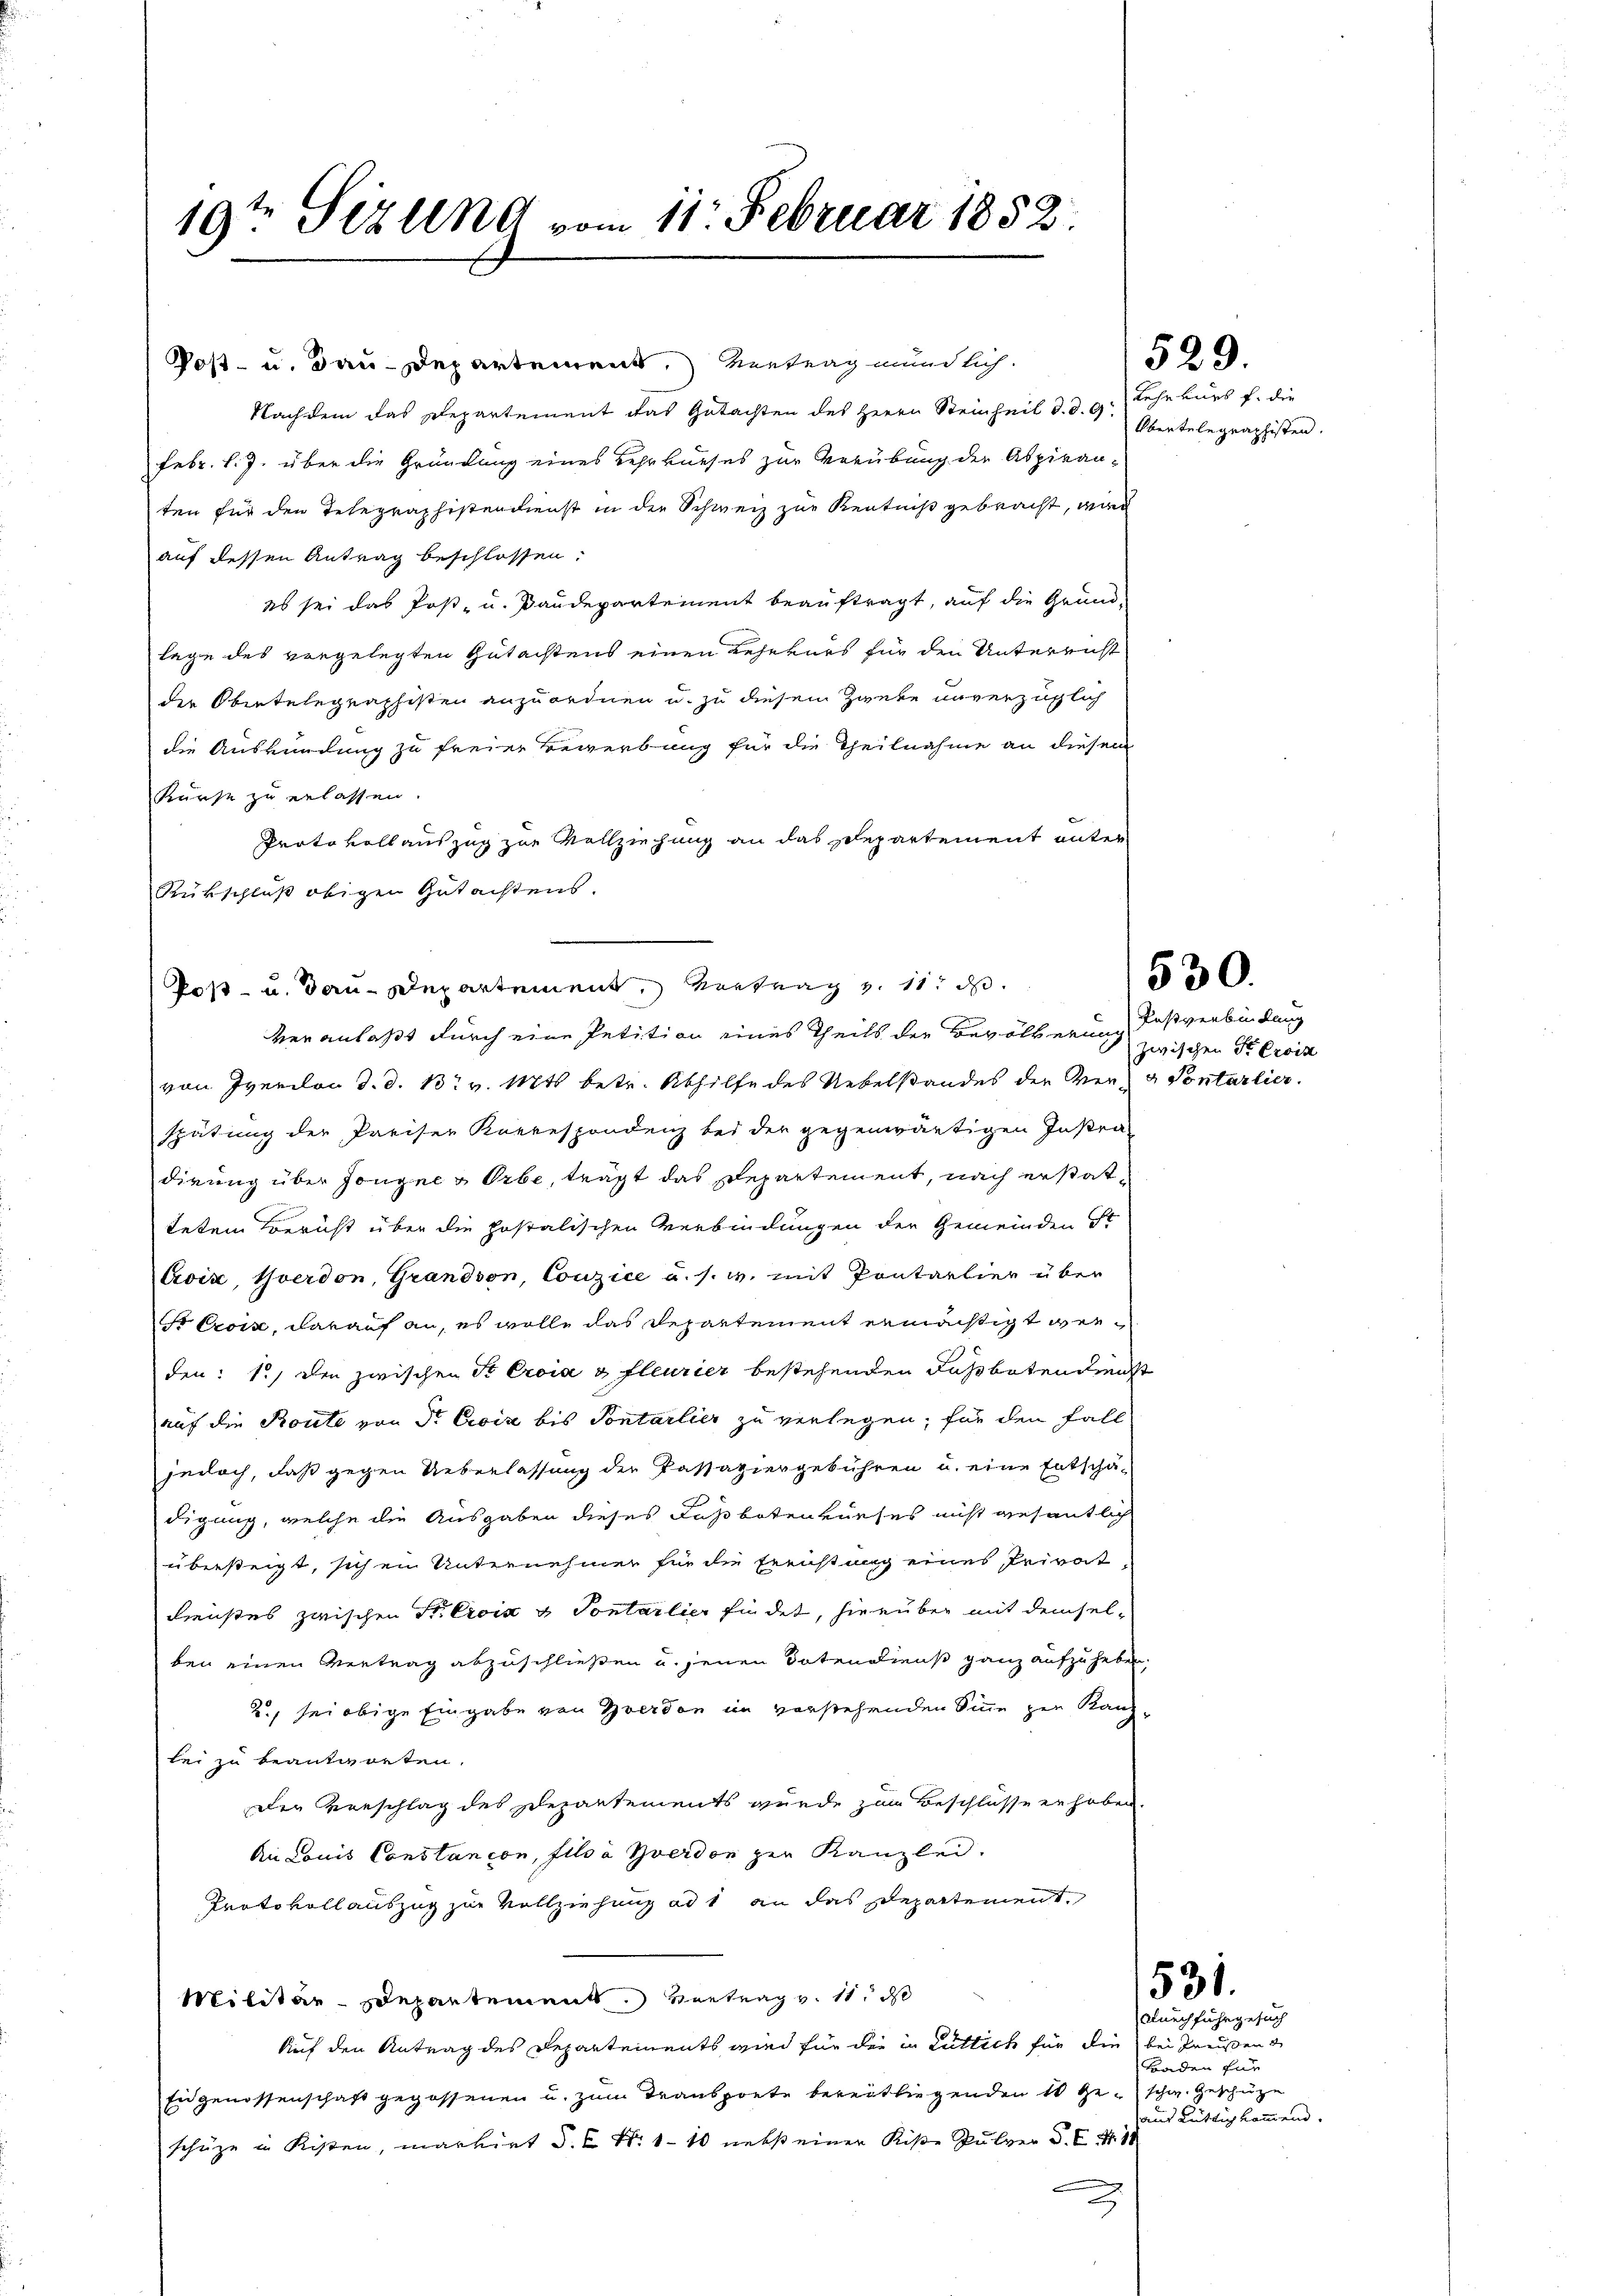
19ten Sizung vom 11. Februar 1852.

Post- u. Bau-Departement, Vertrag mündlich.
Nachdem das Departement das Gutachten des Herrn Steinheil d. d. 9.
Febr. l. J. über die Gründung eines Lehrkurses zur Verübung der Aspiran-
ten für den Telegraphistendienst in der Schweiz zur Kenntniß gebracht, wid
auf dessen Antrag beschlossen.
es sei das Post- u. Baudepartement beauftragt, auf die Grund-
lage des vorgelegten Gutachtens einen Lehrkurs für den Unterricht
der Obertelegraphisten anzuordnen u. zu diesem Zweke unverzüglich
die Auskündung zu freier Bewerbung für die Theilnahme an diesem
Kürst zu erlassen.
Protokollauszug zur Vollziehung an das Departement unter-
Rükschluß obigen Gutachtens.
Poß- u. Bau-Departement, Vortrag v. 11. d.
veranlaßt durch eine Petition eines Theils der Bevölkerung deßverbindung
von Iverdon d. d. 13. v. Mts. betr. Abhilfe des Uebelstandes der Ver- u Pontarlier.
spätung der Preiser Korrespondenz bei der gegenwärtigen Instra-
dirung über Jongne & Orbe, tragt das Departement, nach erstattetem Bericht über die postalischen Verbindungen der Gemeinden St
Croix, Yverdon, Grandson, Couzice u. s. w. mit Pontartier über
Sr Croix, darauf an, es wolle das Departement ermächtigt werden: 1.) Die zwischen St Eroia & fleurier bestehenden Fassbotendienst
auf die Route von Sr. Excise bis Sontarlier zu verlegen, für den Fall
jedoch, daß gegen Ueberlassung der Passaziergebühren u. eine Entschä-
e
digung, welche die Ausgaben dieses Faßbotenkurses nicht wesentlich
übersteigt, sichen Unternehmer für die Freistung eines Privat
Dienstes zwischen Privia u Pontarlier findet, hierüber mit demsel-
ben einen Vertrag abzuschließen u. jenen Botendienst ganz aufzuheben,
2., sei obige Eingabe von Yverdon im vorstehenden Sinne zur Kanzlei zu beantworten.
Der Beschlag des Departements wurde zum Beschlüsse erhoben.
An Louis Constancon, fils à Yverdon zur Kanzlei.
Protokollauszug zur Vollziehung ad 1 an das Departement,
Militär-Departements. Vortrag v. 11. d
Auf den Antrag des Departements wird für die in Luttich für die bei Preisen
Eidgenossenschaft gegossenen u. zum Transprete bereitliegenden 10 geschw. Geschüze
schüze in Kisten, markiet d. B. N. 110 nebst einer Riße Pulver S. E.M. 18

2

529.

Lehrkurs f. die
Obentelegraphisten.

zwischen Sr Erois

530.

531.

durchfuhr gesuch
Baden für
und Rüttig kommend.